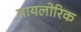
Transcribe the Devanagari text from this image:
पायलोरिक